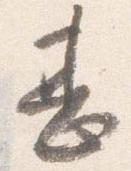
甚